Papers set at the Examination for Leaving Certificates, 1895
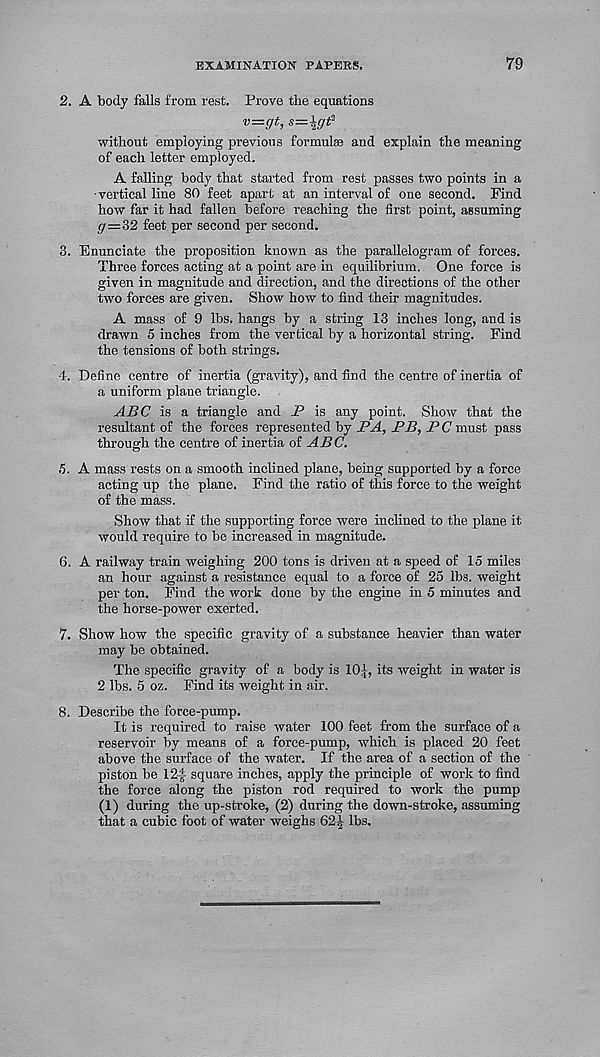
EXAMINATION PAPERS.
79
2. A body falls from rest. Prove the equations
v=gt, s—\gt-
without employing previous formulae and explain the meaning
of each letter employed.
A falling body that started from rest passes two points in a
■ vertical line 80 feet apart at an interval of one second. Find
how far it had fallen before reaching the first point, assuming
gr=32 feet per second per second.
3. Enunciate the proposition known as the parallelogram of forces.
Three forces acting at a point are in equilibrium. One force is
given in magnitude and direction, and the directions of the other-
two forces are given. Show how to find their magnitudes.
A mass of 9 lbs. hangs by a string 13 inches long, and is
drawn 5 inches from the vertical by a horizontal string. Find
the tensions of both strings.
4. Define centre of inertia (gravity), and find the centre of inertia of
a uniform plane triangle.
ABC is a triangle and P is any point. Show that the
resultant of the forces represented by PA, PB, P C must pass
through the centre of inertia of ABC.
5. A mass rests on a smooth inclined plane, being supported by a force
acting up the plane. Find the ratio of this force to the weight
of the mass.
Show that if the supporting force were inclined to the plane it
would require to be increased in magnitude.
6. A railway train weighing 200 tons is driven at a speed of 15 miles
an hour against a resistance equal to a force of 25 lbs. weight
per ton. Find the work done by the engine in 5 minutes and
the horse-power exerted.
7. Show how the specific gravity of a substance heavier than water
may be obtained.
The specific gravity of a body is 10J, its weight in water is
2 lbs. 5 oz. Find its weight in air.
8. Describe the force-pump.
It is required to raise water 100 feet from the surface of a
reservoir by means of a force-pump, which is placed 20 feet
above the surface of the water. If the area of a section of the
piston be 12f square inches, apply the principle of work to find
the force along the piston rod required to work the pump
(1) during the up-stroke, (2) during the down-stroke, assuming
that a cubic foot of water weighs 62| lbs.